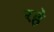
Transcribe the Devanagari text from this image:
रह॓